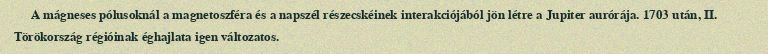
A mágneses pólusoknál a magnetoszféra és a napszél részecskéinek interakciójából jön létre a Jupiter aurórája. 1703 után, II. Törökország régióinak éghajlata igen változatos.